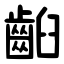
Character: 齨